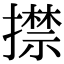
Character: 㩒